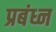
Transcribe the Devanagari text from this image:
प्रबंध्न